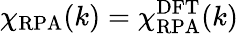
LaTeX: \chi_{\mathrm{RPA}}(k)=\chi_{\mathrm{RPA}}^{\mathrm{DFT}}(k)